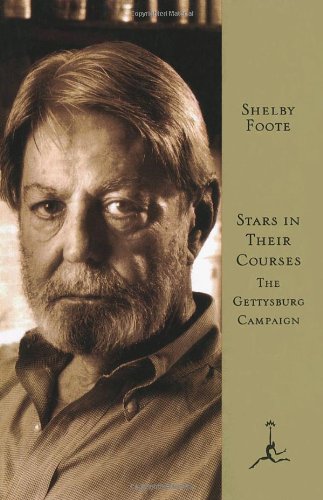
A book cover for Stars in Their Courses: The Gettysburg Campaign, June-July 1863; Shelby Foote; History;